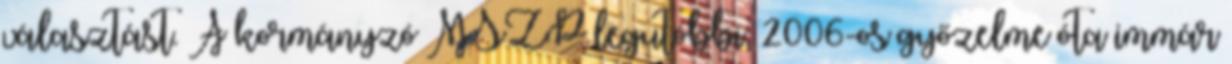
választást. A kormányzó MSZP legutóbbi, 2006-os győzelme óta immár